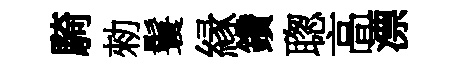
騎勑鬟縁鑽聦高漂